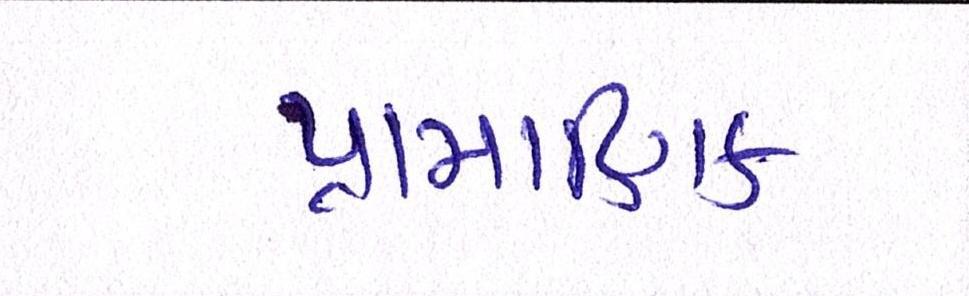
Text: પ્રામાણિક